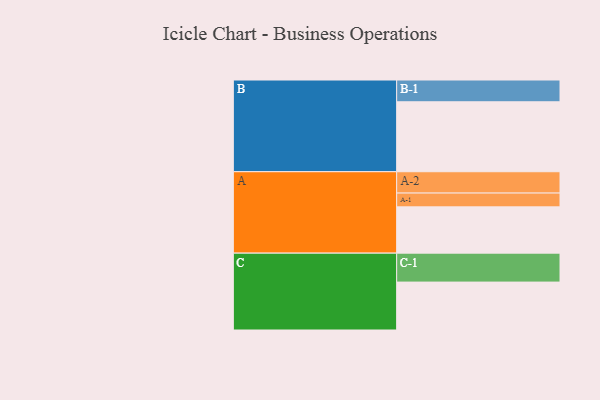
{"axis": {"x": "Segment", "y": "Value"}, "legend": ["", "A", "B", "C"], "data": [{"x": "A", "y": 395, "type": ""}, {"x": "B", "y": 597, "type": ""}, {"x": "C", "y": 409, "type": ""}, {"x": "A-1", "y": 118, "type": "A"}, {"x": "A-2", "y": 182, "type": "A"}, {"x": "B-1", "y": 186, "type": "B"}, {"x": "C-1", "y": 247, "type": "C"}]}